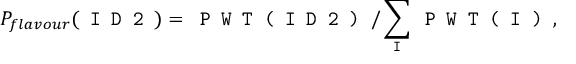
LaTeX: P _ { f l a v o u r } ( \texttt { I D 2 } ) = \texttt { P W T ( I D 2 ) } / \sum _ { \texttt { I } } \texttt { P W T ( I ) } ,